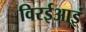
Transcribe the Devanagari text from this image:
विरईआइं